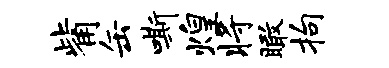
觜缶嘶煌将瞰拘